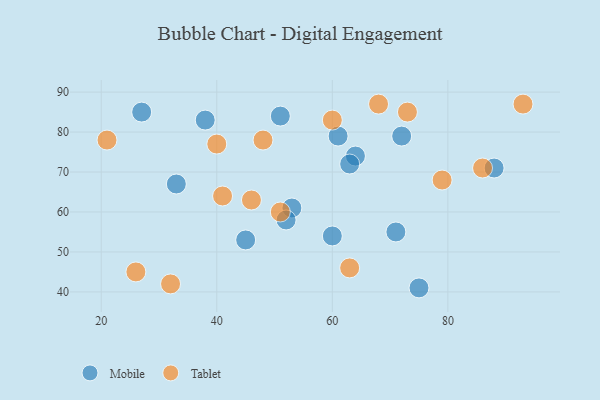
{"axis": {"x": "GDP", "y": "Life Expectancy"}, "legend": ["Mobile", "Tablet"], "data": [{"x": "75", "y": 41, "type": "Mobile"}, {"x": "64", "y": 74, "type": "Mobile"}, {"x": "53", "y": 61, "type": "Mobile"}, {"x": "38", "y": 83, "type": "Mobile"}, {"x": "71", "y": 55, "type": "Mobile"}, {"x": "61", "y": 79, "type": "Mobile"}, {"x": "33", "y": 67, "type": "Mobile"}, {"x": "52", "y": 58, "type": "Mobile"}, {"x": "45", "y": 53, "type": "Mobile"}, {"x": "72", "y": 79, "type": "Mobile"}, {"x": "60", "y": 54, "type": "Mobile"}, {"x": "63", "y": 72, "type": "Mobile"}, {"x": "88", "y": 71, "type": "Mobile"}, {"x": "27", "y": 85, "type": "Mobile"}, {"x": "51", "y": 84, "type": "Mobile"}, {"x": "93", "y": 87, "type": "Tablet"}, {"x": "48", "y": 78, "type": "Tablet"}, {"x": "68", "y": 87, "type": "Tablet"}, {"x": "63", "y": 46, "type": "Tablet"}, {"x": "73", "y": 85, "type": "Tablet"}, {"x": "46", "y": 63, "type": "Tablet"}, {"x": "40", "y": 77, "type": "Tablet"}, {"x": "86", "y": 71, "type": "Tablet"}, {"x": "79", "y": 68, "type": "Tablet"}, {"x": "26", "y": 45, "type": "Tablet"}, {"x": "32", "y": 42, "type": "Tablet"}, {"x": "41", "y": 64, "type": "Tablet"}, {"x": "51", "y": 60, "type": "Tablet"}, {"x": "60", "y": 83, "type": "Tablet"}, {"x": "21", "y": 78, "type": "Tablet"}]}